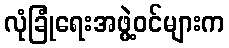
လုံခြုံရေးအဖွဲ့ဝင်များက